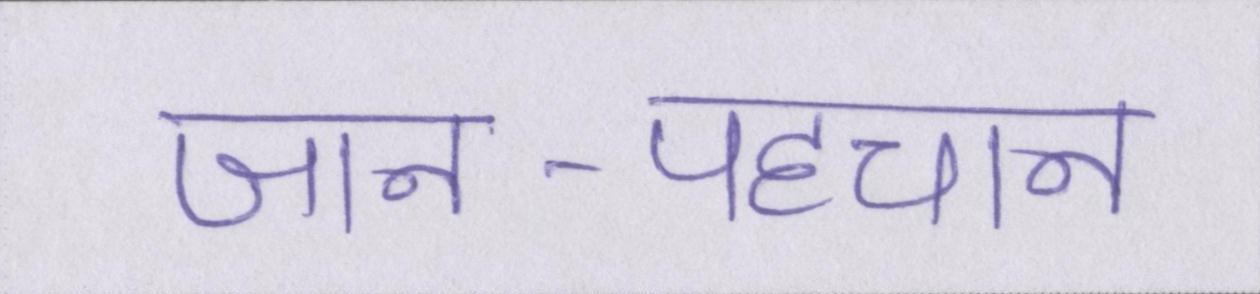
जान-पहचान